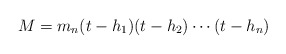
\begin{align*} M = m_n(t - h_1)(t - h_2) \cdots (t - h_n)\end{align*}